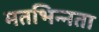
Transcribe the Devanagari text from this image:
मतभिन्‍नता